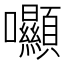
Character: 𡆘